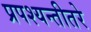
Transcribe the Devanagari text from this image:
प्रपश्यन्तीतरे